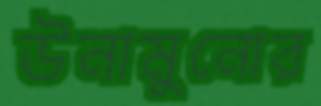
উনামুনোর